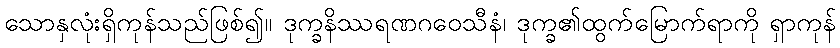
သောနှလုံးရှိကုန်သည်ဖြစ်၍။ ဒုက္ခနိဿရဏဂဝေသီနံ၊ ဒုက္ခ၏ထွက်မြောက်ရာကို ရှာကုန်